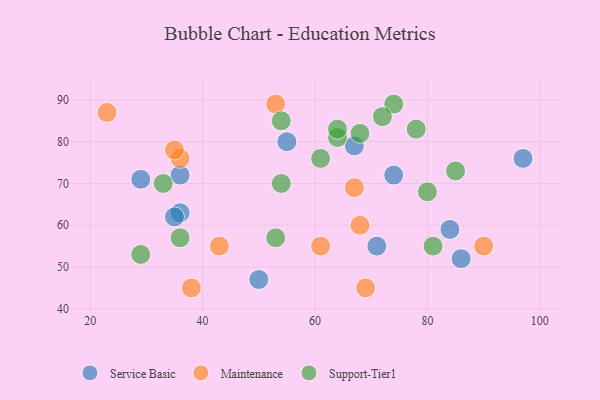
{"axis": {"x": "GDP", "y": "Life Expectancy"}, "legend": ["Maintenance", "Service Basic", "Support-Tier1"], "data": [{"x": "84", "y": 59, "type": "Service Basic"}, {"x": "36", "y": 63, "type": "Service Basic"}, {"x": "74", "y": 72, "type": "Service Basic"}, {"x": "29", "y": 71, "type": "Service Basic"}, {"x": "35", "y": 62, "type": "Service Basic"}, {"x": "97", "y": 76, "type": "Service Basic"}, {"x": "86", "y": 52, "type": "Service Basic"}, {"x": "50", "y": 47, "type": "Service Basic"}, {"x": "36", "y": 72, "type": "Service Basic"}, {"x": "67", "y": 79, "type": "Service Basic"}, {"x": "71", "y": 55, "type": "Service Basic"}, {"x": "55", "y": 80, "type": "Service Basic"}, {"x": "36", "y": 76, "type": "Maintenance"}, {"x": "38", "y": 45, "type": "Maintenance"}, {"x": "69", "y": 45, "type": "Maintenance"}, {"x": "68", "y": 60, "type": "Maintenance"}, {"x": "61", "y": 55, "type": "Maintenance"}, {"x": "90", "y": 55, "type": "Maintenance"}, {"x": "53", "y": 89, "type": "Maintenance"}, {"x": "35", "y": 78, "type": "Maintenance"}, {"x": "43", "y": 55, "type": "Maintenance"}, {"x": "67", "y": 69, "type": "Maintenance"}, {"x": "23", "y": 87, "type": "Maintenance"}, {"x": "74", "y": 89, "type": "Support-Tier1"}, {"x": "81", "y": 55, "type": "Support-Tier1"}, {"x": "36", "y": 57, "type": "Support-Tier1"}, {"x": "68", "y": 82, "type": "Support-Tier1"}, {"x": "33", "y": 70, "type": "Support-Tier1"}, {"x": "61", "y": 76, "type": "Support-Tier1"}, {"x": "54", "y": 85, "type": "Support-Tier1"}, {"x": "64", "y": 81, "type": "Support-Tier1"}, {"x": "85", "y": 73, "type": "Support-Tier1"}, {"x": "54", "y": 70, "type": "Support-Tier1"}, {"x": "78", "y": 83, "type": "Support-Tier1"}, {"x": "80", "y": 68, "type": "Support-Tier1"}, {"x": "72", "y": 86, "type": "Support-Tier1"}, {"x": "64", "y": 83, "type": "Support-Tier1"}, {"x": "29", "y": 53, "type": "Support-Tier1"}, {"x": "53", "y": 57, "type": "Support-Tier1"}]}